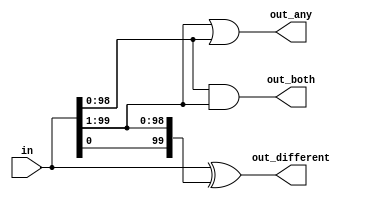
module top_module( 
    input [99:0] in,
    output [98:0] out_both,
    output [99:1] out_any,
    output [99:0] out_different );

    wire [99:0] in_LShifted,in_RShifted;

    assign in_LShifted={in[98:0],in[99]};
    assign in_RShifted={in[0],in[99:1]};

    assign out_both=in[98:0]&in_RShifted[98:0];
    assign out_any=in[99:1]|in_LShifted[99:1];
    assign out_different=in^in_RShifted;

endmodule